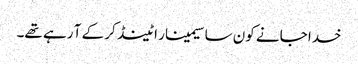
خدا جانے کون سا سیمینار اٹینڈ کر کے آ رہے تھے۔